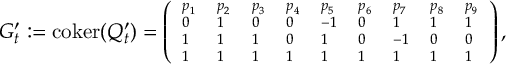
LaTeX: { \scriptsize G _ { t } ^ { \prime } : = \mathrm { c o k e r } ( Q _ { t } ^ { \prime } ) = \left( \begin{array} { l l l l l l l l l } { { p _ { 1 } } } & { { p _ { 2 } } } & { { p _ { 3 } } } & { { p _ { 4 } } } & { { p _ { 5 } } } & { { p _ { 6 } } } & { { p _ { 7 } } } & { { p _ { 8 } } } & { { p _ { 9 } } } \\ { { 0 } } & { { 1 } } & { { 0 } } & { { 0 } } & { { - 1 } } & { { 0 } } & { { 1 } } & { { 1 } } & { { 1 } } \\ { { 1 } } & { { 1 } } & { { 1 } } & { { 0 } } & { { 1 } } & { { 0 } } & { { - 1 } } & { { 0 } } & { { 0 } } \\ { { 1 } } & { { 1 } } & { { 1 } } & { { 1 } } & { { 1 } } & { { 1 } } & { { 1 } } & { { 1 } } & { { 1 } } \end{array} \right) , }